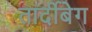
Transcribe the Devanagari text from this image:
तार्दीबेग